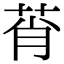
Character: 莦